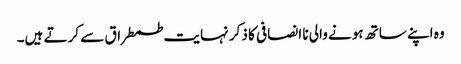
وہ اپنے ساتھ ہونے والی نا انصافی کا ذکر نہایت طمطراق سے کرتے ہیں۔